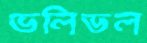
ভলিভল